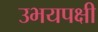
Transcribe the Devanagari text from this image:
उभयपक्षी